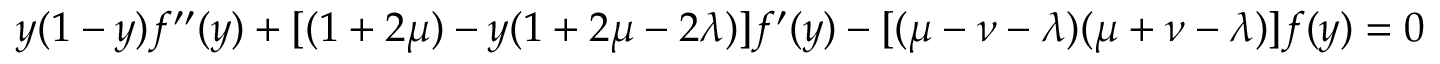
y ( 1 - y ) f ^ { \prime \prime } ( y ) + [ ( 1 + 2 \mu ) - y ( 1 + 2 \mu - 2 \lambda ) ] f ^ { \prime } ( y ) - [ ( \mu - \nu - \lambda ) ( \mu + \nu - \lambda ) ] f ( y ) = 0